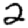
Digit: 2